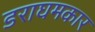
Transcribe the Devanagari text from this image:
डराघमकार